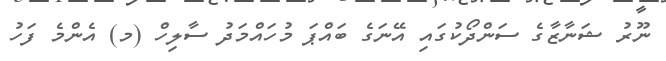
ނޫރު ޝަނާޒާގެ ސަންދޯކުގައި އޭނަގެ ބައްޕަ މުހައްމަދު ސާލިހް (މ) އެންމެ ފަހު